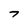
Character: 7